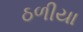
ઠળીયા